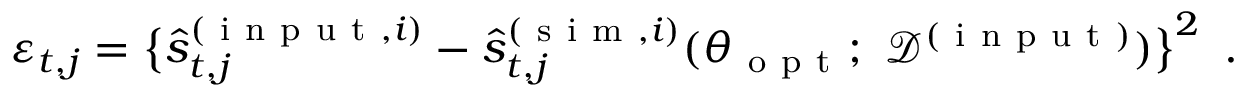
\varepsilon _ { t , j } = \big \{ \hat { s } _ { t , j } ^ { ( \mathrm { ~ i ~ n ~ p ~ u ~ t ~ } , i ) } - \hat { s } _ { t , j } ^ { ( \mathrm { ~ s ~ i ~ m ~ } , i ) } ( \boldsymbol { \theta } _ { \mathrm { ~ o ~ p ~ t ~ } } ; ~ \mathcal { D } ^ { ( \mathrm { ~ i ~ n ~ p ~ u ~ t ~ } ) } ) \big \} ^ { 2 } \enspace .